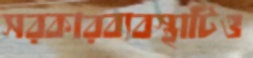
সরকারব্যবস্থাটিও